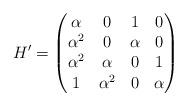
LaTeX: \begin{align*} H'=\begin{pmatrix}\alpha&0&1&0\\\alpha^2&0&\alpha&0\\\alpha^2&\alpha&0&1\\1&\alpha^2&0&\alpha \end{pmatrix}\end{align*}